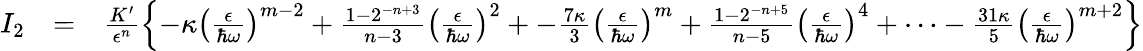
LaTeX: \begin{array}{rlr}{I_{2}}&{=}&{\frac{K^{\prime}}{\epsilon^{n}}\left\{ -\kappa\left(\frac{\epsilon}{\hbar\omega}\right)^{m-2}+\frac{1-2^{-n+3}}{n-3}\left(\frac{\epsilon}{\hbar\omega}\right)^{2}+-\frac{7\kappa}{3}\left(\frac{\epsilon}{\hbar\omega}\right)^{m}+\frac{1-2^{-n+5}}{n-5}\left(\frac{\epsilon}{\hbar\omega}\right)^{4}+\cdots-\frac{31\kappa}{5}\left(\frac{\epsilon}{\hbar\omega}\right)^{m+2}\right\} }\end{array}